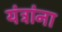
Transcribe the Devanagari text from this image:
यंत्रांना